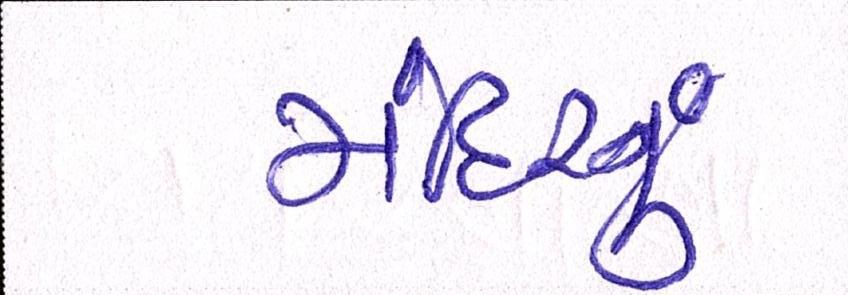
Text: મંદિરનું